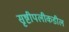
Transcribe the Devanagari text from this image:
सृष्टीपलीकडील